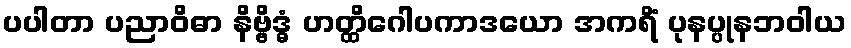
ပပါတာ ပညာဝိဓာ နိဗ္ဗိဒ္ဓံ ဟတ္ထိဂေါပကာဒယော အကရိံ ပုနပ္ပုနဘဝါယ